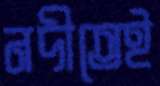
নদীতেই